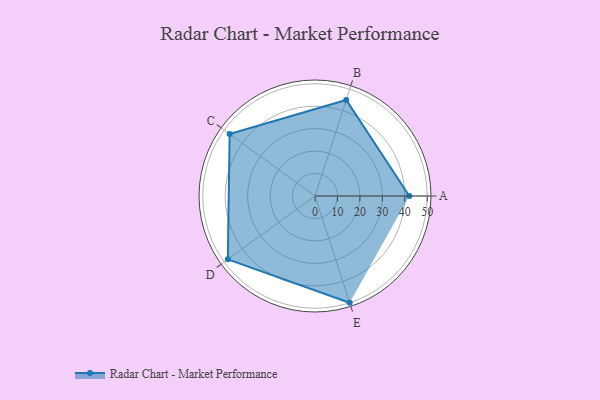
{"axis": {"x": "Skill", "y": "Score"}, "legend": ["Profile"], "data": [{"x": "A", "y": 42.0, "type": "Profile"}, {"x": "B", "y": 45.0, "type": "Profile"}, {"x": "C", "y": 47.0, "type": "Profile"}, {"x": "D", "y": 48.0, "type": "Profile"}, {"x": "E", "y": 50.0, "type": "Profile"}]}